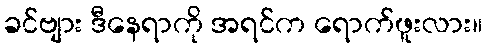
ခင်ဗျား ဒီနေရာကို အရင်က ရောက်ဖူးလား။